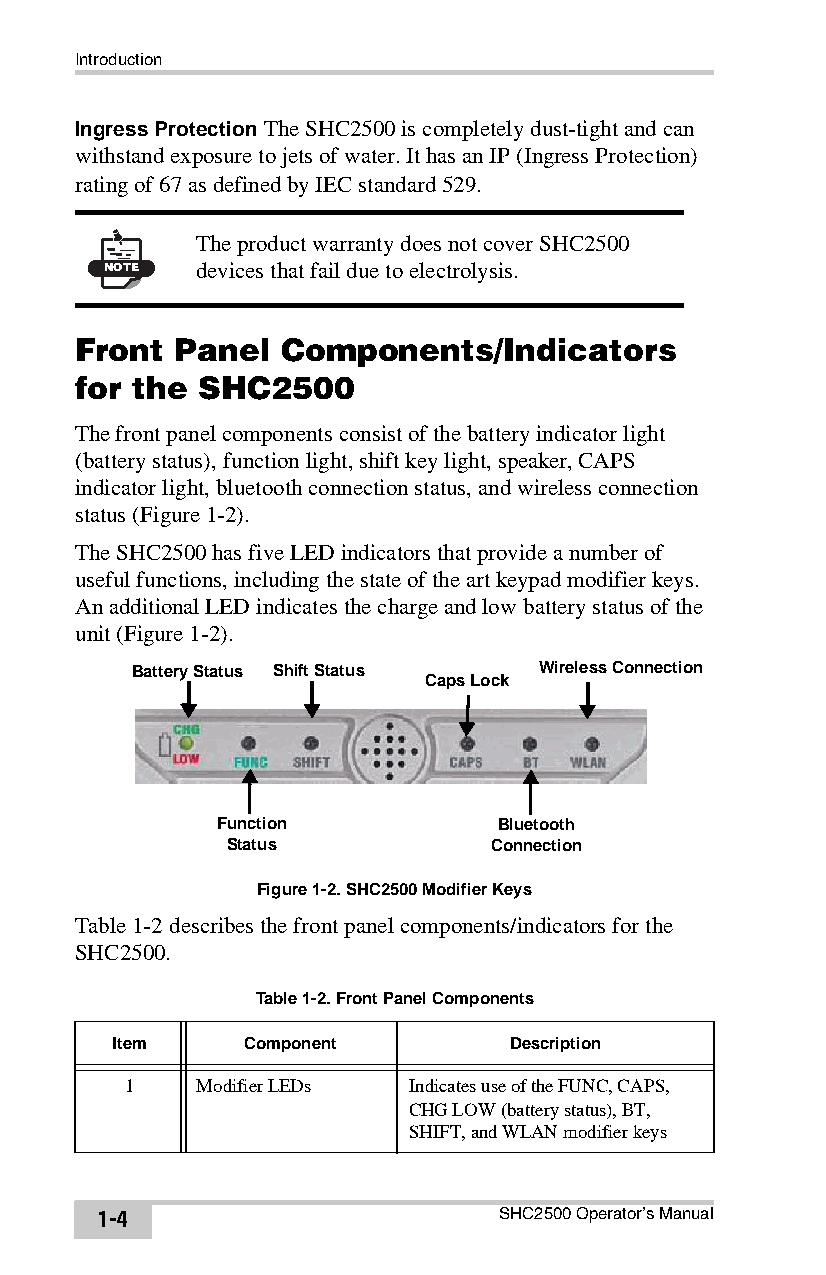
Introduction
 Ingress Protection The SHC2500 is completely dust-tight and can
 withstand exposure to jets of water. It has an IP (Ingress Protection)
 rating of 67 as defined by IEC standard 529.
 The product warranty does not cover SHC2500
 NOTE  devices that fail due to electrolysis.
 Front Panel  Components/Indicators
 for the SHC2500
 The front panel components consist of the battery indicator light
 (battery status), function light, shift key light, speaker, CAPS
 indicator light, bluetooth connection status, and wireless connection
 status (Figure1-2).
 The SHC2500 has five LED indicators that provide a number of
 useful functions, including the state of the art keypad modifier keys.
 An additional LED indicates the charge and low battery status of the
 unit (Figure1-2).
 Battery Status Shift Status Wireless Connection
 Caps Lock
 Function           Bluetooth
 Status           Connection
 Figure 1-2. SHC2500 Modifier Keys
 Table1-2 describes the front panel components/indicators for the
 SHC2500.
 Table 1-2. Front Panel Components
 Item     Component         Description
 1    Modifier LEDs Indicates use of the FUNC, CAPS,
 CHG LOW (battery status), BT,
 SHIFT, and WLAN modifier keys
 1-4                        SHC2500 Operator’s Manual